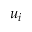
u _ { i }